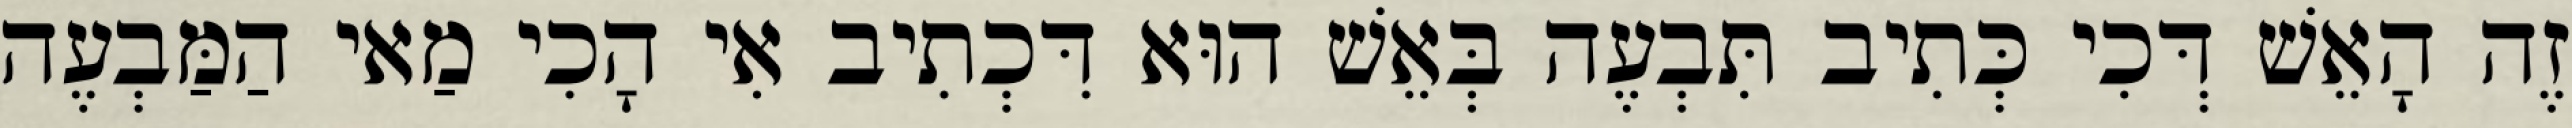
זֶה הָאֵשׁ דְּכִי כְּתִיב תִּבְעֶה בְּאֵשׁ הוּא דִּכְתִיב אִי הָכִי מַאי הַמַּבְעֶה